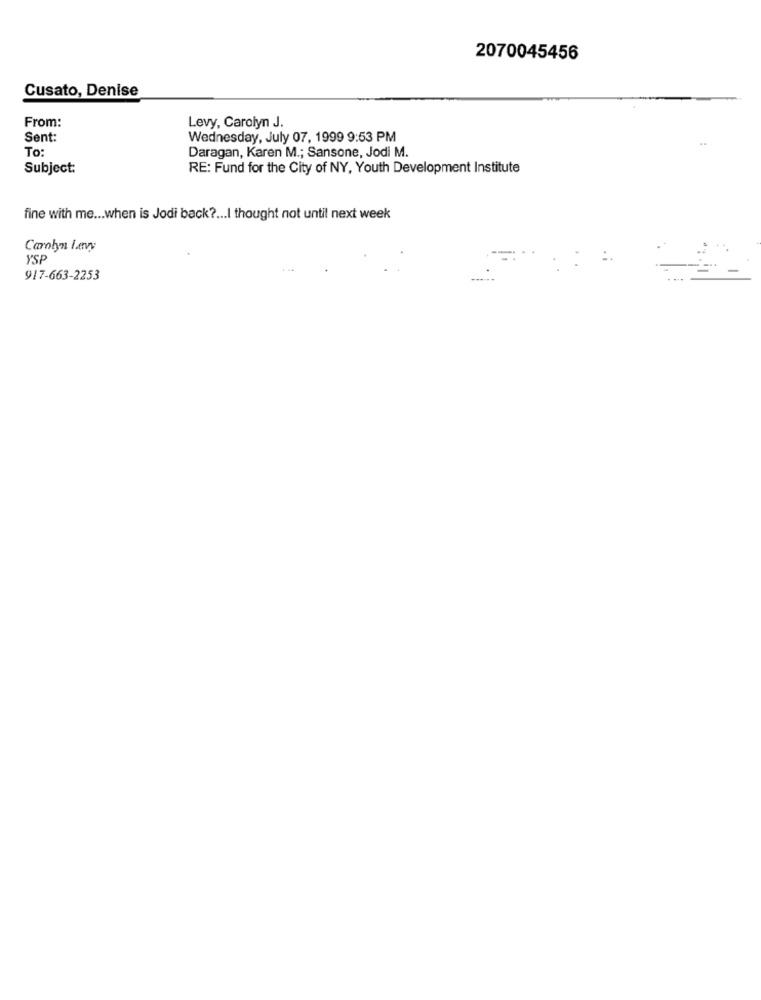
2070045456
Cusato, Denise
From:
Levy, Carolyn J.
Sent:
Wednesday, July 07, 1999 9:53 PM
To:
Daragan, Karen M .; Sansone, Jodi M.
Subject:
RE: Fund for the City of NY, Youth Development Institute
fine with me ... when is Jodi back ?... I thought not until next week
Carolyn larvy
YSP
917-663-2253